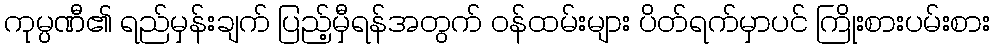
ကုမ္ပဏီ၏ ရည်မှန်းချက် ပြည့်မှီရန်အတွက် ဝန်ထမ်းများ ပိတ်ရက်မှာပင် ကြိုးစားပမ်းစား